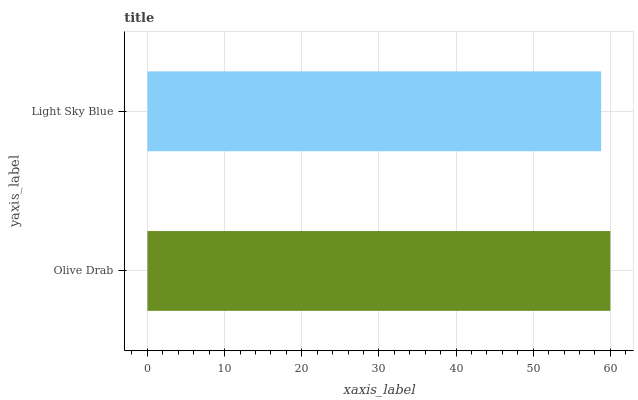
| yaxis_label | bars |
 | --- | --- |
 | Olive Drab | 60 |
 | Light Sky Blue | 58.8 |